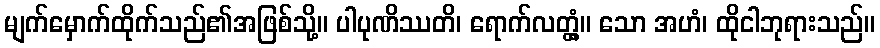
မျက်မှောက်ထိုက်သည်၏အဖြစ်သို့။ ပါပုဏိဿတိ၊ ရောက်လတ္တံ့။ သော အဟံ၊ ထိုငါဘုရားသည်။